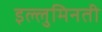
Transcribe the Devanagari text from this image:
इल्लुमिनती